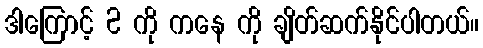
ဒါကြောင့် 2 ကို ကနေ ကို ချိတ်ဆက်နိုင်ပါတယ်။